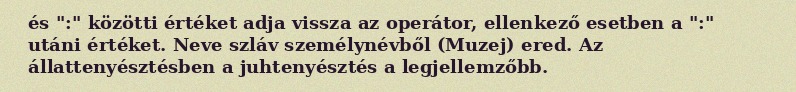
és ":" közötti értéket adja vissza az operátor, ellenkező esetben a ":" utáni értéket. Neve szláv személynévből (Muzej) ered. Az állattenyésztésben a juhtenyésztés a legjellemzőbb.